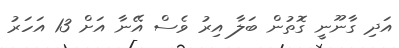
އަދި ގާނޫނީ ގޮތުން ބަލާ އިރު ވެސް އޭނާ އަށް 13 އަހަރު